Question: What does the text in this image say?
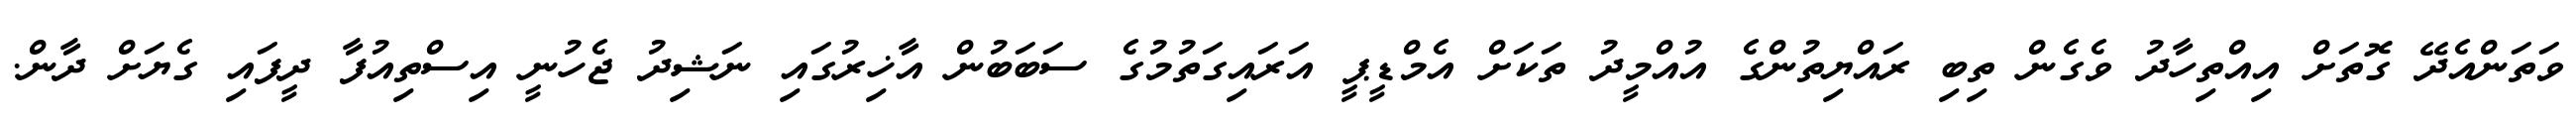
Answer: ވަތަންއެދޭ ގޮތަށް އިއްތިހާދު ވެގެން ތިބި ރައްޔިތުންގެ އުއްމީދު ތަކަށް އެމްޑީޕީ އަރައިގަތުމުގެ ސަބަބުން އާޚިރުގައި ނަޝިދު ޖެހުނީ އިސްތިއުފާ ދީފައި ގެޔަށް ދާން.